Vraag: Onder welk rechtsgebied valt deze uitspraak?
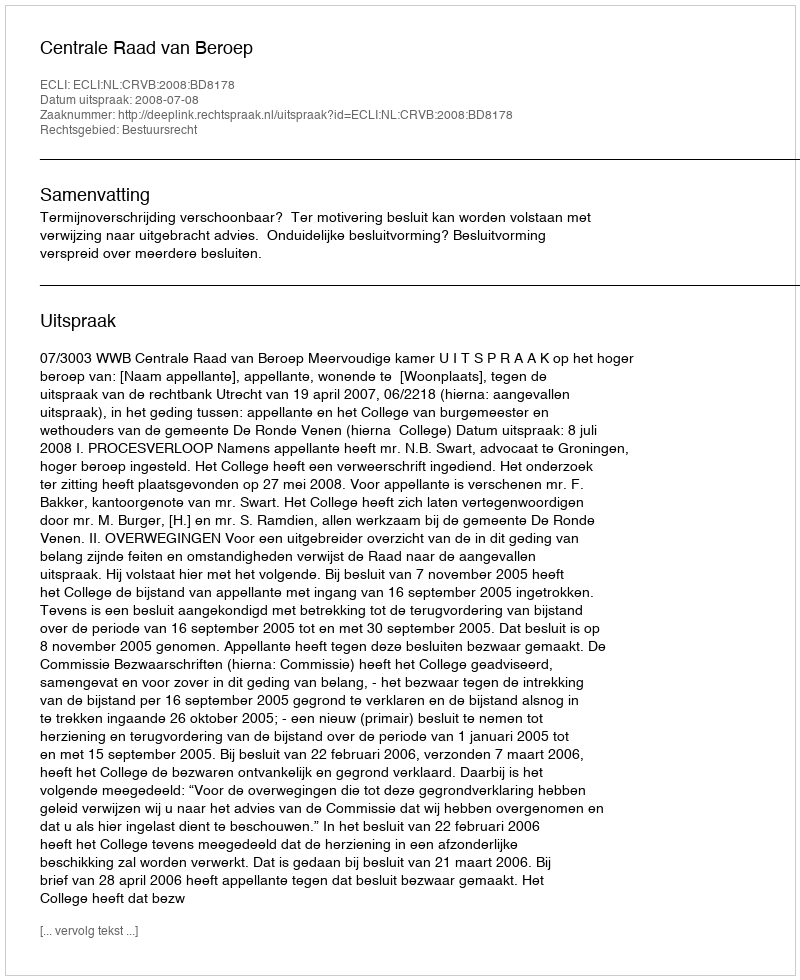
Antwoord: Bestuursrecht